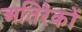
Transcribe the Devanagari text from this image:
अतिरेकों